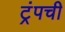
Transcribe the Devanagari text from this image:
ट्रंपची